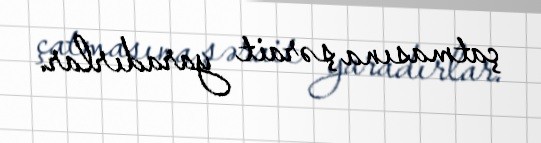
çatmasına şərait yaradırlar.